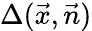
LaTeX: \Delta(\vec{x},\vec{n})